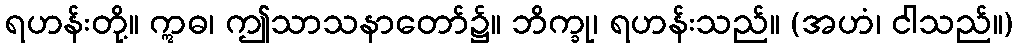
ရဟန်းတို့။ ဣဓ၊ ဤသာသနာတော်၌။ ဘိက္ခု၊ ရဟန်းသည်။ (အဟံ၊ ငါသည်။)